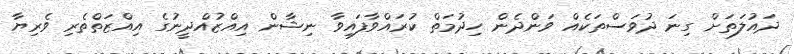
ދައުލަތަށް ގިނަ ދުވަސްތަކެއް ވަންދެން ހިދުމަތް ކުރައްވާފައިވާ ނިޝާން އިއްޒުއްދީނުގެ އިއްޒަތްތެރި ވެރިޔާ